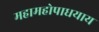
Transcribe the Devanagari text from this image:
महामहोपाधयाय